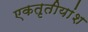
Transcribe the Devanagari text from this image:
एकतृतीयांश